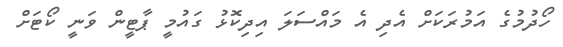
ހޯދުމުގެ އަމުރަކަށް އެދި އެ މައްސަލަ އިދިކޮޅު ގައުމީ ޕާޓީން ވަނީ ކޯޓަށް